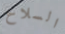
السلاح